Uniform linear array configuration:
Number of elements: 4
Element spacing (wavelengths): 0.5
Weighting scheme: binomial
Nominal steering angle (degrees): -60
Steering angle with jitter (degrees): -59.205
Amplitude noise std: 0.05
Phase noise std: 0.05

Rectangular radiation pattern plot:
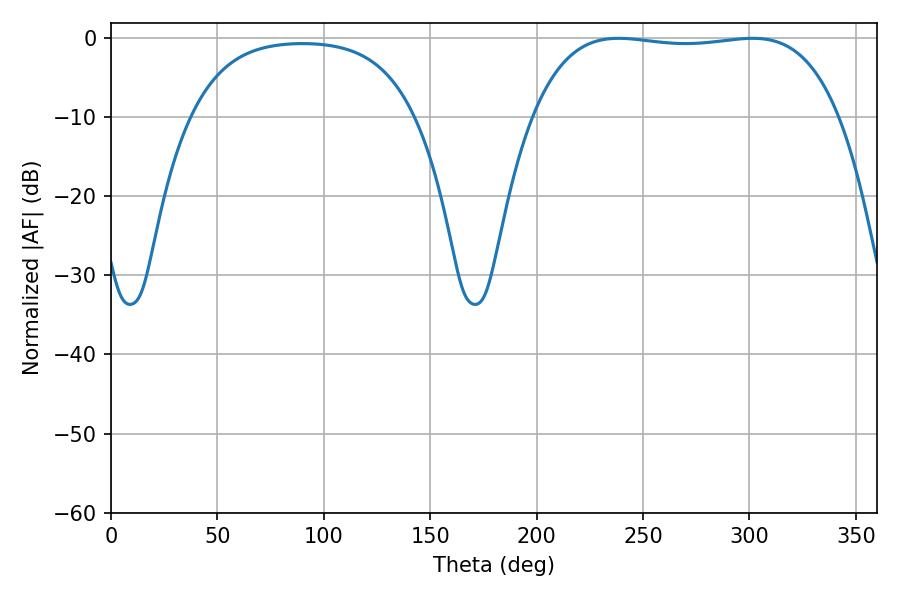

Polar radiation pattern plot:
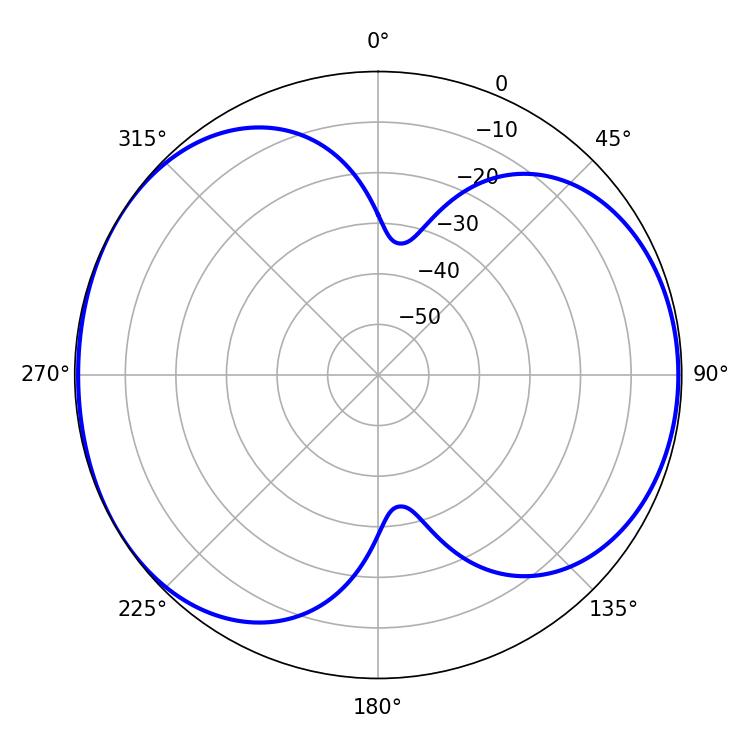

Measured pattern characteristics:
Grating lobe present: FALSE
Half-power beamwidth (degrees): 114.12
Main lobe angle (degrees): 238.5